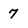
Character: 7